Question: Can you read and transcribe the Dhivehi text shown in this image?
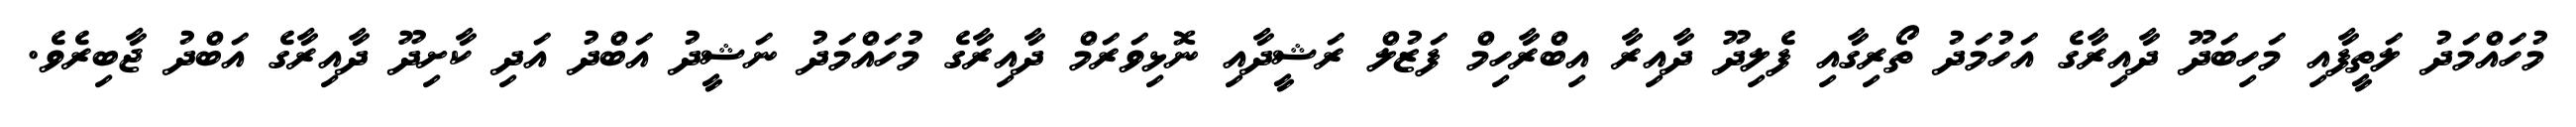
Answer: މުހައްމަދު ލަތީފާއި މަހިބަދޫ ދާއިރާގެ އަހުމަދު ތޯރިގާއި ފެލިދޫ ދާއިރާ އިބްރާހިމް ފަޒުލް ރަޝީދާއި ނޮޅިވަރަމް ދާއިރާގެ މުހައްމަދު ނަޝީދު އަބްދު އަދި ކާށިދޫ ދާއިރާގެ އަބްދު ޖާބިރެވެ.